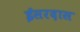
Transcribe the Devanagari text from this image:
ईसरदास